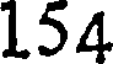
154